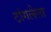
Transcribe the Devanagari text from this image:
टांगलेला